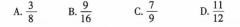
A.\frac{3}{8} B.\frac{9}{16} C.\frac{7}{9} D.\frac{11}{12}